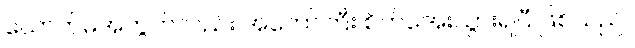
ယောက်မအတွက်လည်း အတော်ကြီး စိတ်အေးသွားရပြီ ဖြစ်သည်။